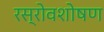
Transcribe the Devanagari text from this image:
रस्रोवशोषण